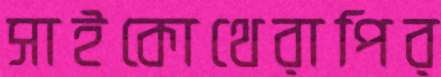
সাইকোথেরাপির